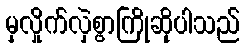
မှလှိုက်လှဲစွာကြိုဆိုပါသည်